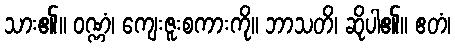
သား၏။ ဝဏ္ဏံ၊ ကျေးဇူးစကားကို။ ဘာသတိ၊ ဆိုပါ၏။ ဧတံ၊